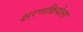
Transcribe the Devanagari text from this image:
क्षरणक्रियेला